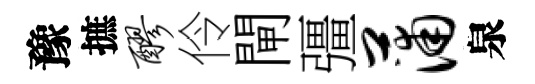
豫摭醪伶閘彊蒲泉